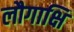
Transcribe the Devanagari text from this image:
लौगाक्षि